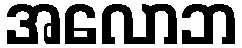
အလောဘ